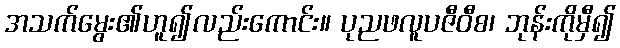
အသက်မွေး၏ဟူ၍လည်းကောင်း။ ပုညဖလူပဇီဝီစ၊ ဘုန်းကိုမှီ၍